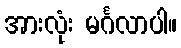
အားလုံး မင်္ဂလာပါ။